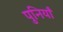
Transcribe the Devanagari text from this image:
पुनियाँ